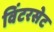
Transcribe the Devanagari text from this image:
विंटरसेट